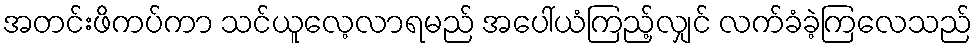
အတင်းဖိကပ်ကာ သင်ယူလေ့လာရမည် အပေါ်ယံကြည့်လျှင် လက်ခံခဲ့ကြလေသည်